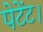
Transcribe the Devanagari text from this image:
पेटेंट।